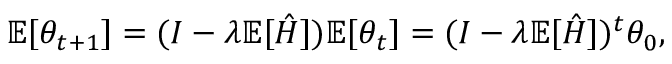
\mathbb { E } [ \theta _ { t + 1 } ] = ( I - \lambda \mathbb { E } [ \hat { H } ] ) \mathbb { E } [ \theta _ { t } ] = ( I - \lambda \mathbb { E } [ \hat { H } ] ) ^ { t } \theta _ { 0 } ,